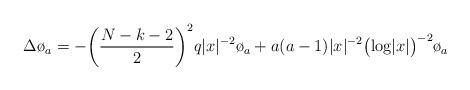
LaTeX: \begin{align*}\Delta \o_a=-\biggl(\frac{N-k-2}{2}\biggl)^2 q |x|^{-2} \o_a+a(a-1) |x|^{-2}\bigl(\textrm{log} |x|\bigl)^{-2} \o_a\end{align*}